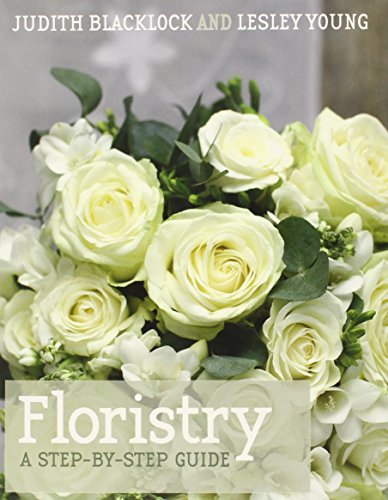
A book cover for Floristry: A Step-by-Step Guide; Judith Blacklock; Crafts, Hobbies & Home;